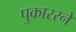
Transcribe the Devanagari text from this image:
पुकाररने